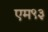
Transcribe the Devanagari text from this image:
एम९३